DOW-UAP-D49, Launch Summary, Vandenberg AFB, 2000
Agency: Department of War
Incident date: 2/3/00
Page 76
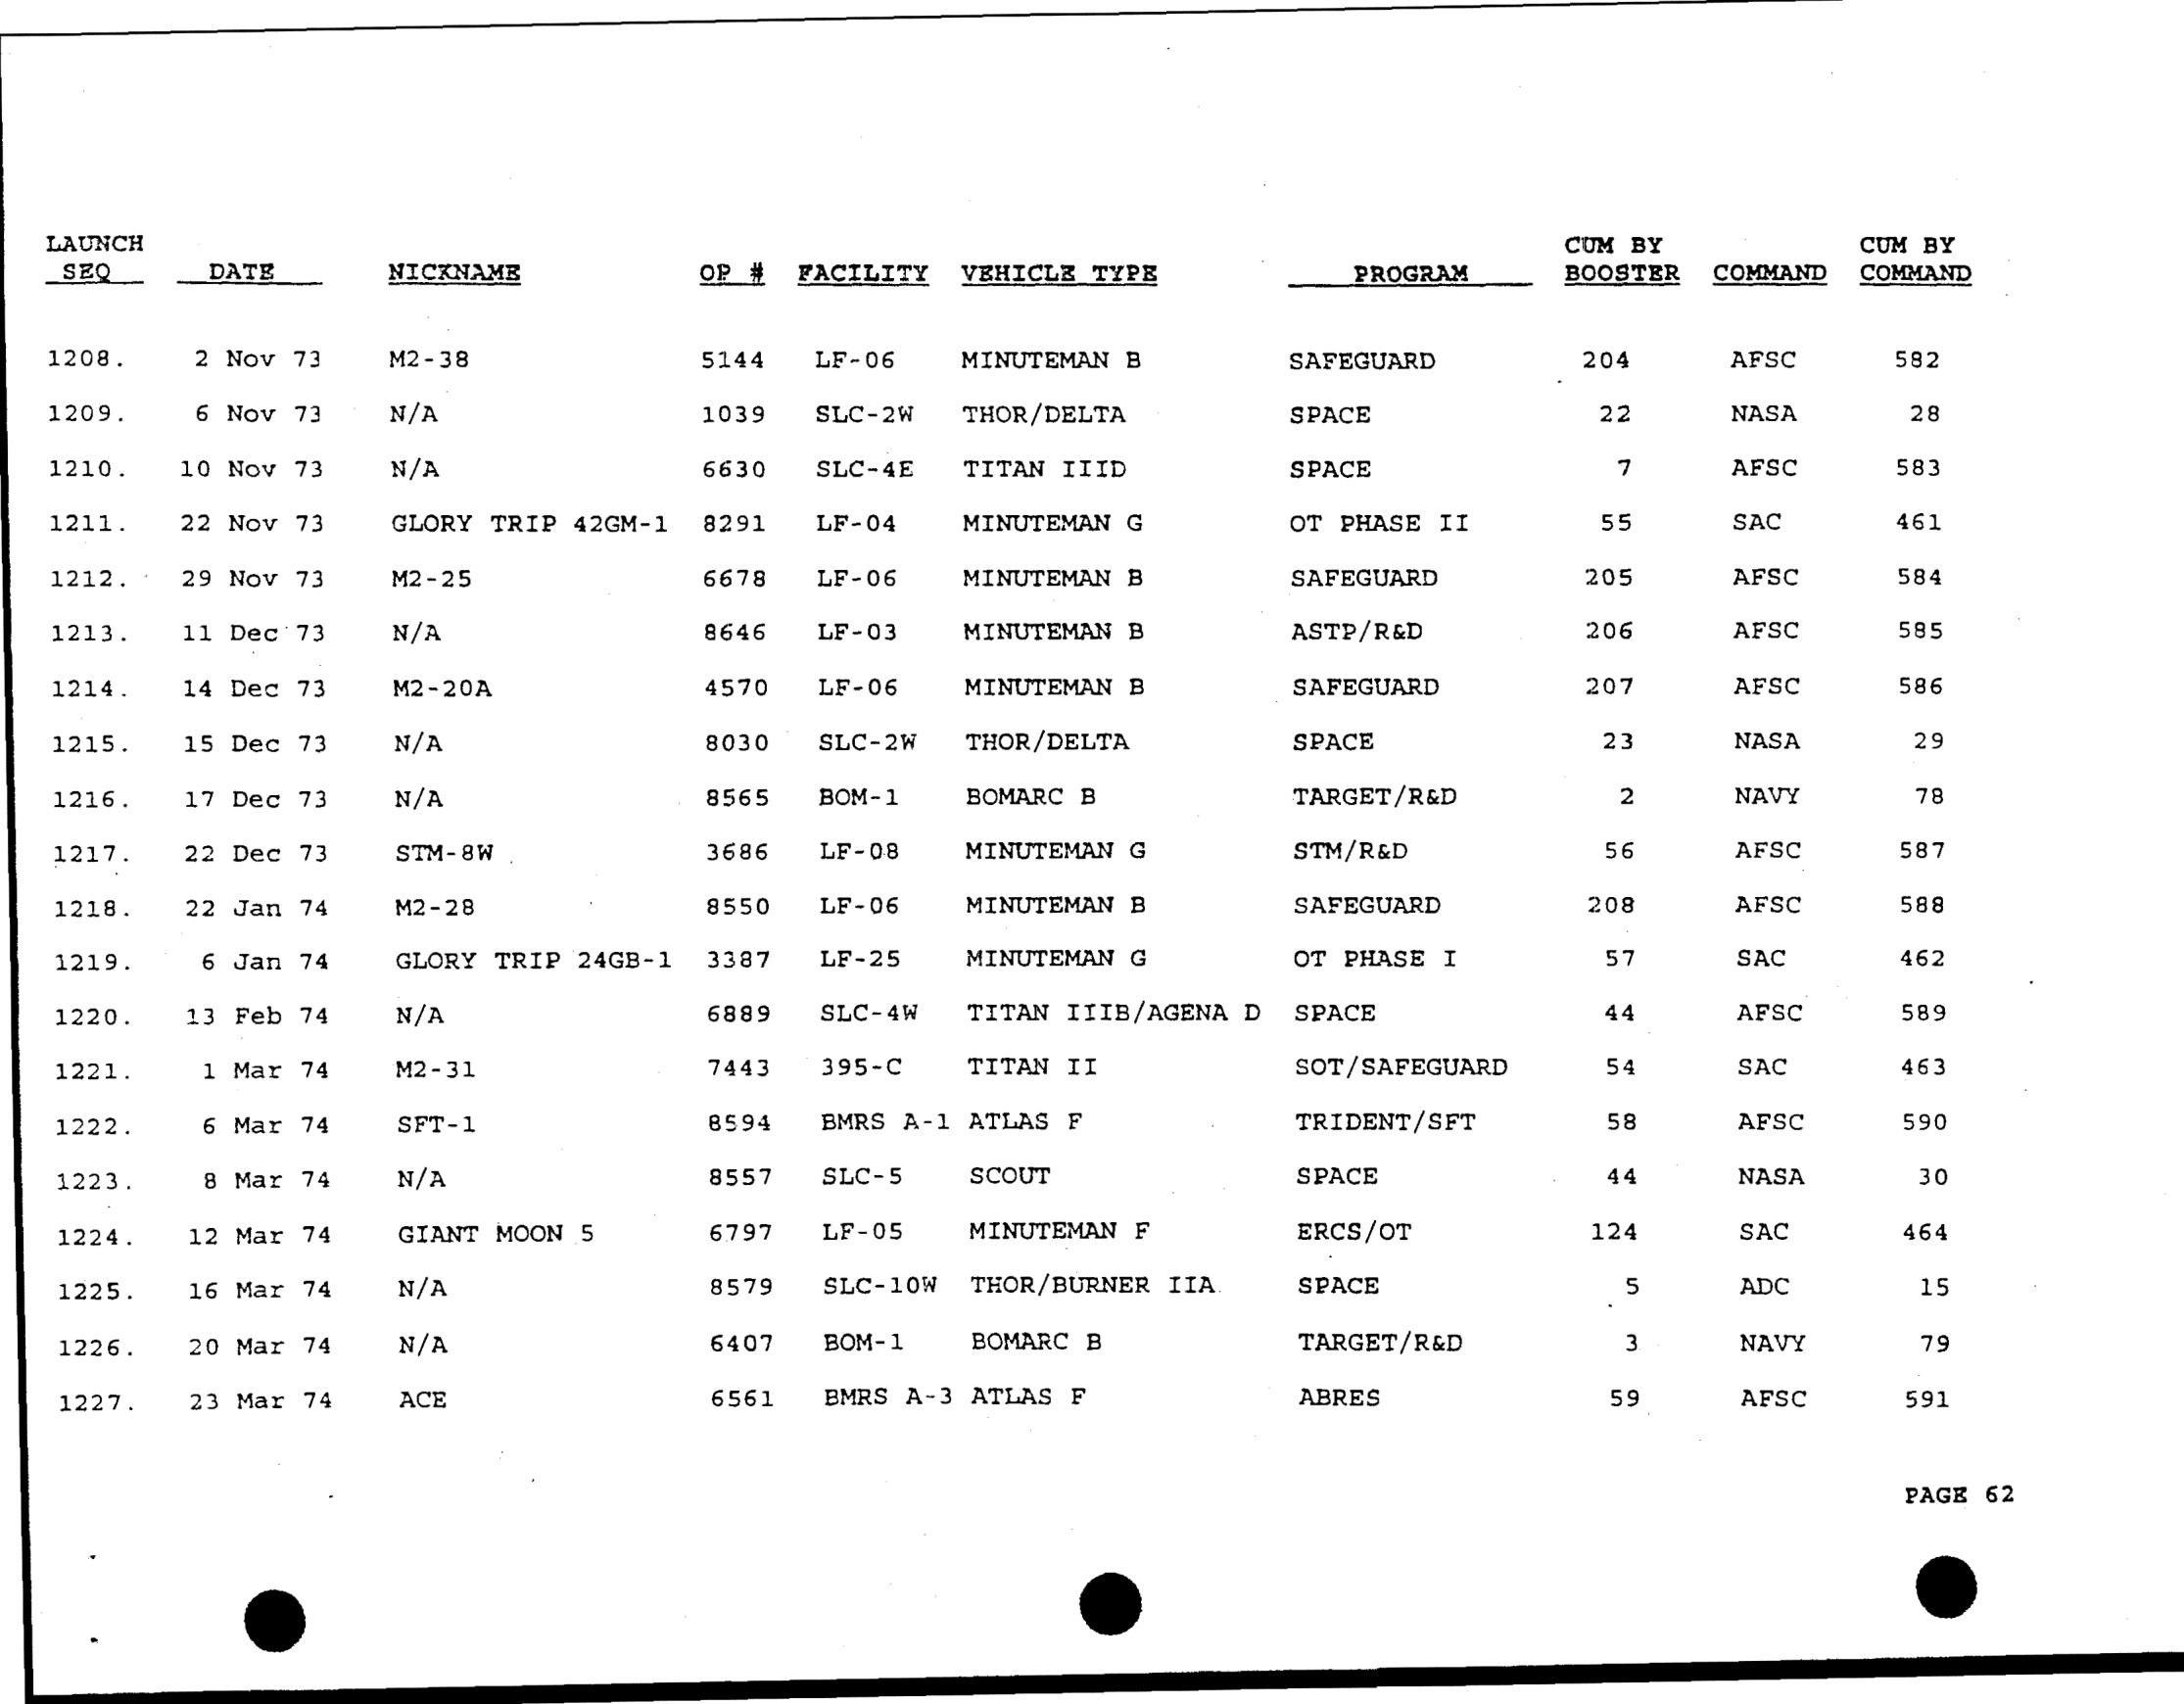